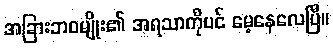
အခြားဘဝမျိုး၏ အရသာကိုပင် မေ့နေလေပြီ။